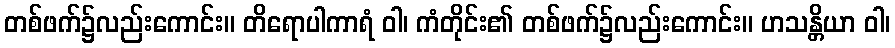
တစ်ဖက်၌လည်းကောင်း။ တိရောပါကာရံ ဝါ၊ ကံတိုင်း၏ တစ်ဖက်၌လည်းကောင်း။ ဟသန္တိယာ ဝါ၊